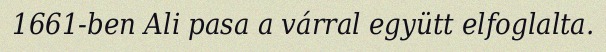
1661-ben Ali pasa a várral együtt elfoglalta.